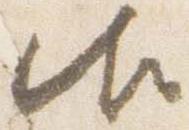
御